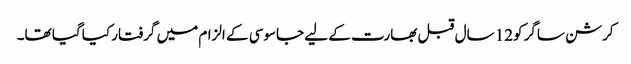
کرشن ساگر کو12 سال قبل بھارت کے لیے جاسوسی کے الزام میں گرفتار کیا گیا تھا۔